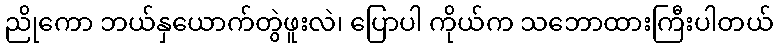
ညိုကော ဘယ်နှယောက်တွဲဖူးလဲ၊ ပြောပါ ကိုယ်က သဘောထားကြီးပါတယ်